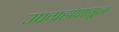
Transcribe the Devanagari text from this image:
उपग्रहांपासून